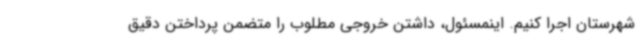
شهرستان اجرا کنیم. اینمسئول، داشتن خروجی مطلوب را متضمن پرداختن دقیق